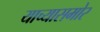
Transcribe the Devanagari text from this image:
याच्यासमोर